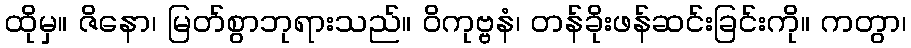
ထိုမှ။ ဇိနော၊ မြတ်စွာဘုရားသည်။ ဝိကုဗ္ဗနံ၊ တန်ခိုးဖန်ဆင်းခြင်းကို။ ကတွာ၊